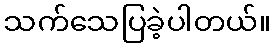
သက်သေပြခဲ့ပါတယ်။